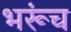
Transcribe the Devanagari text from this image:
भरूंच